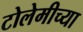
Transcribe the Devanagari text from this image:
टोलेमीच्या